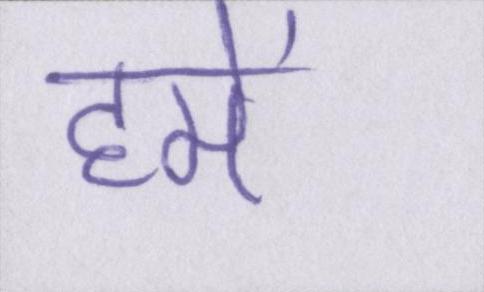
हमें